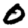
Digit: 0